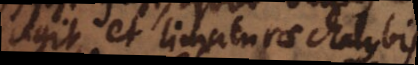
agit, et limaturae chalybis